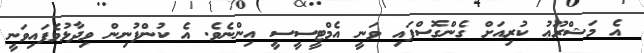
އެ މަޝްރޫޢު ކުރިއަށް ގެންގޮސްފައި ވަނީ އެމްޓީސީސީ އިންނެވެ. އެ ކުންފުނިން ވިދާޅުވެފައިވަނީ